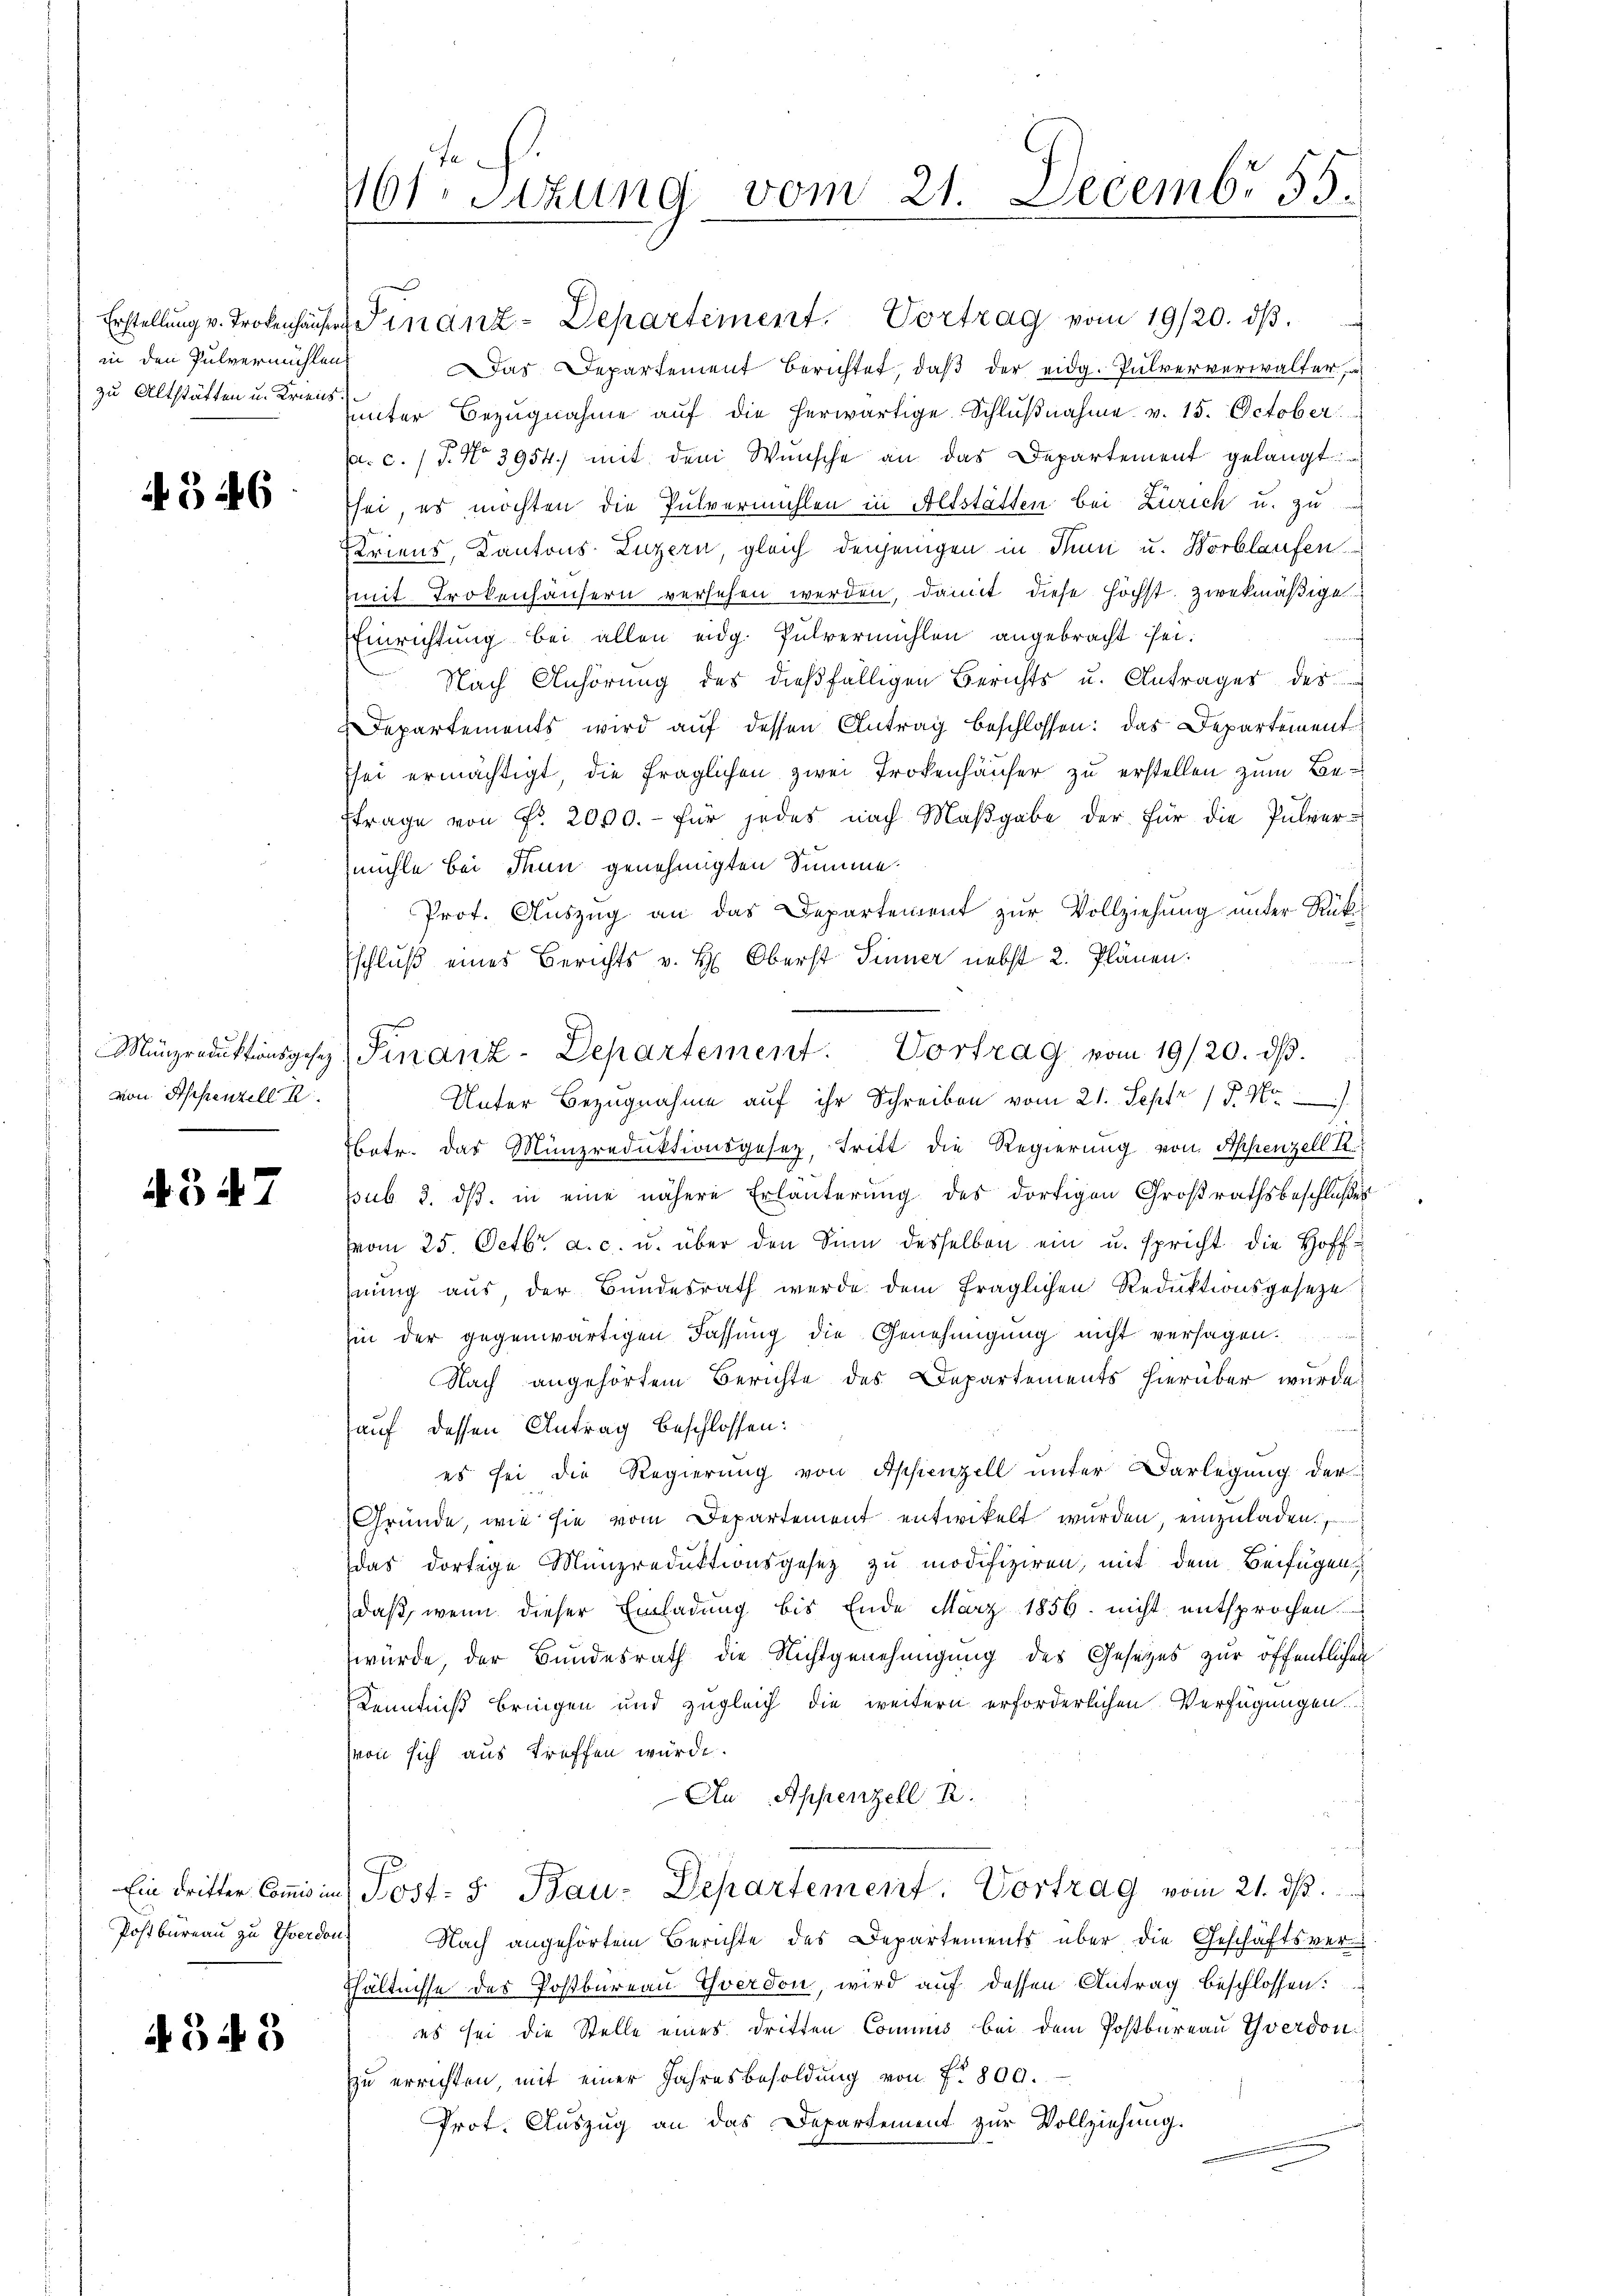
Erstellung v. Trokenhauses
in den Pulvermühlen
zu Altstätten u. Kriens

4546

Münzreduktionsgesez
von Appenzell R

4547

Ein Dritter Commis ic
Postbureau zu Yverdor

4343

161. Sitzung vom 21. Decemb. 55.

Finanz-Departement. Vortrag vom 19/20. dβ.

Winanz-Departement. Vortrag vom 19/20. dβ.
as Departement berichtet, daβ der eidg. Pulververwalter,
uunter Bezŭgnahme aŭf die herwärtige Schlŭβnahme v. 15. October
p. c. / 5. No 3954.) mit dem Wunsche an das Departement gelangt
sei, es möchten die Pulvermühlen in Altstatten bei Zürich u. zu
Kriens, Kantons Luzern, gleich denjenigen in Juni u. Horblaufen
mit trokenhäusern versehen werden, damit diese höchst zwekmäβige
Einrichtung bei allen eidg. Pulvermühlen angebracht sei.
Nach Anhörung des dießfälligen Berichts u. Antrages des
Departements wird auf dessen Antrag beschlossen: das Departement
sei ermächtigt die fraglichen zwei Trokenhäuser zu erstellen zum Beftrage von Nr. 2000.- für jedes nach Maßgabe der für die Pulvermühle bei denn genehmigten Summe.
Prof. Auszug an das Departement zur Vollziehung unter Rükschluß eines Berichts v. H. Oberst Sinner nebst 2. Plänen.
Unter Bezugnahme auf ihr Schreiben vom 21. Sept 17. No
betr. das Münzreduktionsgesetz, tritt die Regierung von Appenzell A.
psub. 2. ds. in eine nähere Erläuterung des dortigen Großrathsbeschlußes
vom 25. Octbr. a. c. u. über den Sinn desselben ein u. spricht die Hoffhnung aus, der Bundesrath werde dem fraglichen Reduktionsgeseze
hin der gegenwärtigen Fassung die Genehmigung nicht versagen.
Nach angehörtem Berichte des Departements hierüber wurde
auf dessen Antrag beschlossen:
es sei die Regierung von Appenzell unter Darlegung der
Gründe, wie sie vom Departement entwickelt wurden, einzuladen.
das dortige Münzreduktionsgesez zu modifiziren, mit dem Beifügen
daß, wenn dieser Einladung bis Ende März 1856. nicht entsprochen
wurde, der Bundesrath die Nichtgenehmigung des Gesetzes zur öffentlichen
Kenntniß bringen und zugleich die weitern erforderlichen Verfügungen
von sich aus treffen würde.
An Appenzell A.
Post: 5. Bau- Departement. Vortrag vom 21. dβ.
Nach angehörtem Berichte des Departements über die Geschäftsver-
hältnisse des Postbureau Yverdon, wird auf dessen Antrag beschlossen:
es sei die Stelle eines dritten Commis bei dem Postbureau Yverdon
zu errichten, mit einer Jahresbesoldung von f. 800.
Prot. Auszug an das Departement zur Vollziehung.